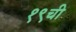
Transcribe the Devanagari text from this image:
१९ची